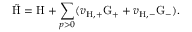
\tilde { \mathrm { H } } = \mathrm { H } + \sum _ { p > 0 } ( v _ { \mathrm { H , + } } \mathrm { G } _ { + } + v _ { \mathrm { H , - } } \mathrm { G } _ { - } ) .